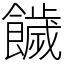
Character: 饖